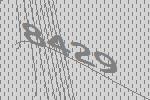
8429